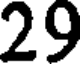
29